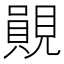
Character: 䚋